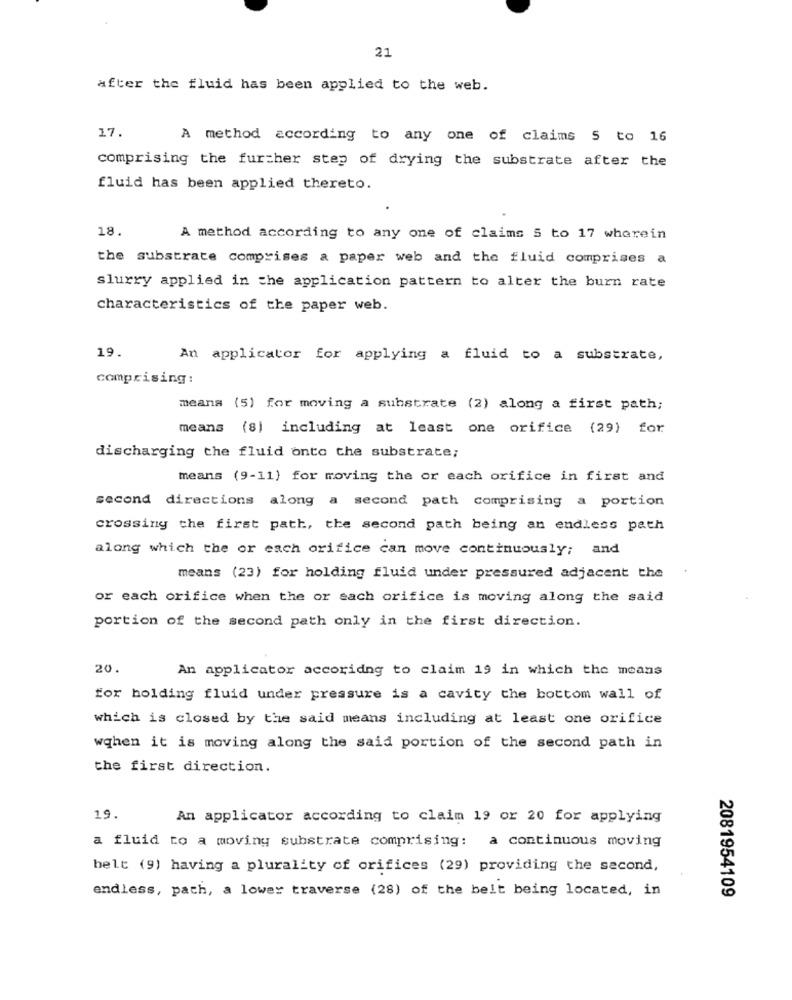
21
after the fluid has been applied to the web.
17.
A method according to any one of claims 5 to 16
comprising the further step of drying the substrate after the
fluid has been applied thereto.
18.
A method according to any one of claims 5 to 17 wherein
the substrate comprises a paper web and the fluid comprises a
slurry applied in the application pattern to alter the burn rate
characteristics of the paper web.
19.
An applicator for applying a fluid to a substrate,
comprising :
means (5) for moving a substrate (2) along a first path;
means
(8) including at least one orifice (29) for
discharging the fluid onto the substrate;
means (9-11) for moving the or each orifice in first and
second directions along a second path comprising a portion
crossing the first path, the second path being an endless path
along which the or each orifice can move continuously; and
means (23) for holding fluid under pressured adjacent the
or each orifice when the or sach orifice is moving along the said
portion of the second path only in the first direction.
20.
An applicator accoridng to claim 19 in which the means
for holding fluid under pressure is a cavity the bottom wall of
which is closed by the said means including at least one orifice
wqhen it is moving along the said portion of the second path in
the first direction.
19.
An applicator according to claim 19 or 20 for applying
a fluid to a moving substrate comprising: a continuous moving
belt (9) having a plurality of orifices (29) providing the second,
endless, path, a lower traverse (28) of the belt being located, in
2081954109